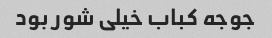
جوجه کباب خیلی شور بود